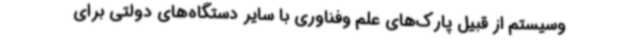
وسیستم از قبیل پارک‌های علم وفناوری با سایر دستگاه‌های دولتی برای